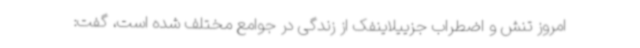
امروز تنش و اضطراب جزییلاینفک از زندگی در جوامع مختلف شده است، گفت: